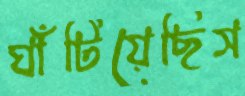
ঘাঁটিয়েছিস